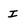
Character: I